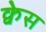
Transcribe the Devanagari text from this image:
क्वेस